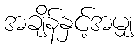
အချိန်နှင့်အမျှ